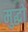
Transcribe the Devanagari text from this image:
मुद्धो